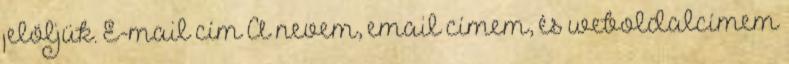
jelöljük. E-mail cím A nevem, email címem, és weboldalcímem